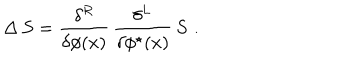
\Delta \, S = \frac { \delta ^ { R } } { \delta \phi ( x ) } \, \frac { \delta ^ { L } } { \delta \phi ^ { \star } ( x ) } \, S \, \, .